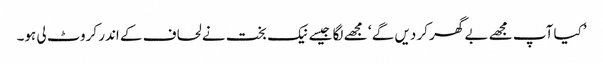
’کیا آپ مجھے بے گھر کر دیں گے ‘ مجھے لگا جیسے نیک بخت نے لحاف کے اندر کروٹ لی ہو۔